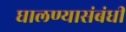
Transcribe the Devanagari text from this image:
घालण्यासंबंधी